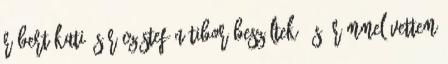
Róbert Kati és Rácz-Stefán Tibor beszéltek, és örömmel vettem